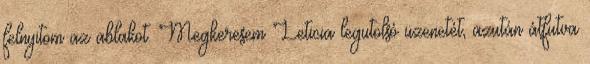
felnyitom az ablakot. Megkeresem Leticia legutolsó üzenetét, azután átfutva